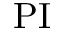
\mathrm { P I }